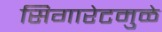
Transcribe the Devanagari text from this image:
सिगारेटमुळे